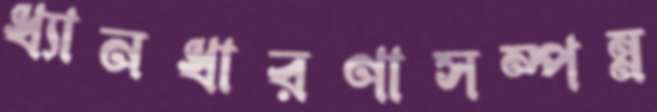
ধ্যানধারণাসম্পন্ন